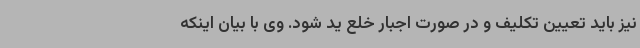
نیز باید تعیین تکلیف و در صورت اجبار خلع ید شود. وی با بیان اینکه